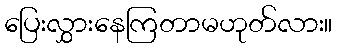
ပြေးလွှားနေကြတာမဟုတ်လား။